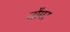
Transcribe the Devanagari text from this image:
जौपर